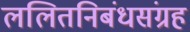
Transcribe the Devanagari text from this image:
ललितनिबंधसंग्रह